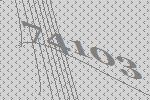
74103